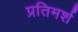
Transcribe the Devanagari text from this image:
प्रतिमर्श